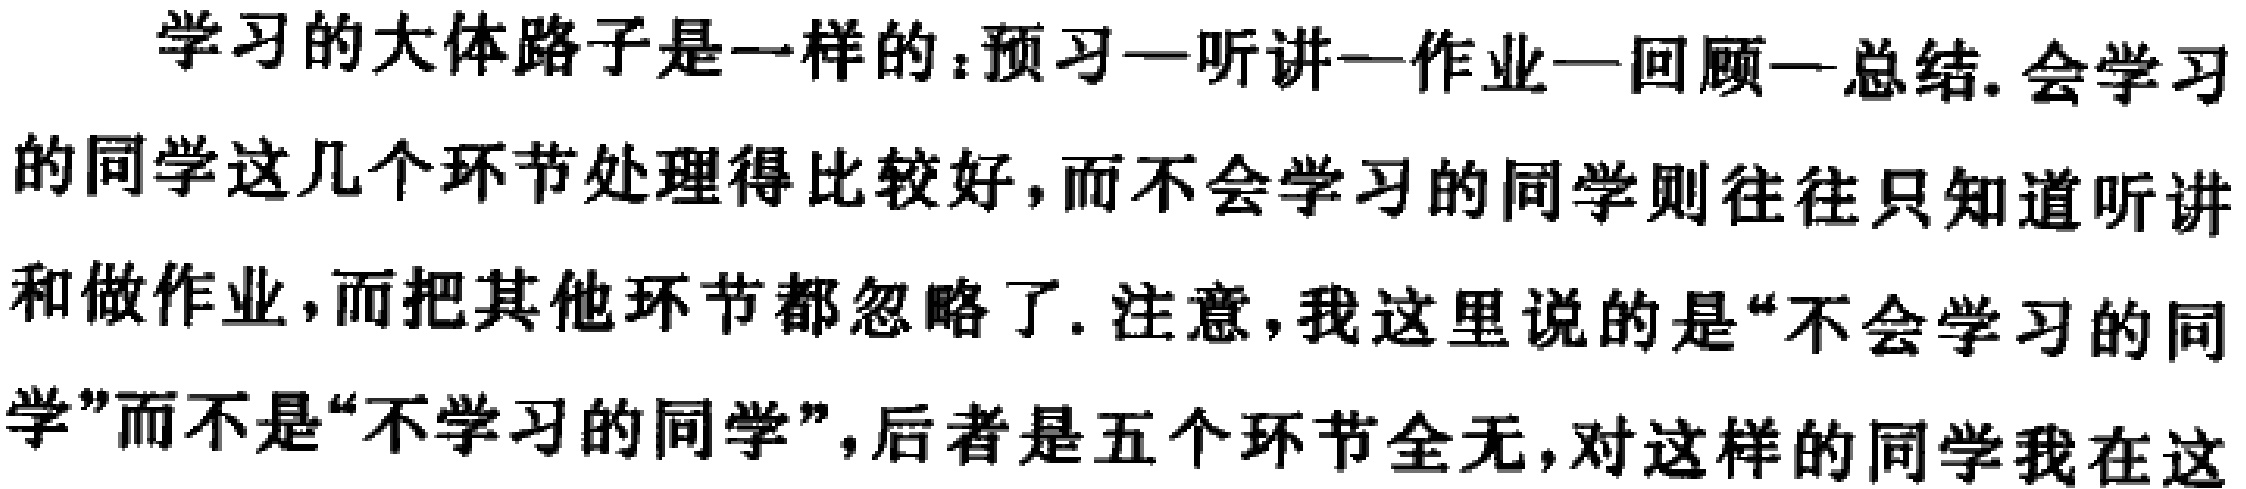
学习的大体路子是一样的：预习—听讲—作业—回顾—总结. 会学习的同学这几个环节处理得比较好，而不会学习的同学则往往只知道听讲和做作业，而把其他环节都忽略了. 注意，我这里说的是“不会学习的同学”而不是“不学习的同学”，后者是五个环节全无，对这样的同学我在这